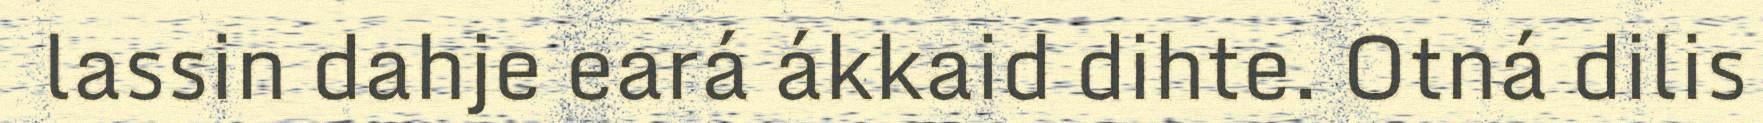
lassin dahje eará ákkaid dihte. Otná dilis